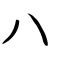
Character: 八